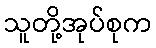
သူတို့အုပ်စုက